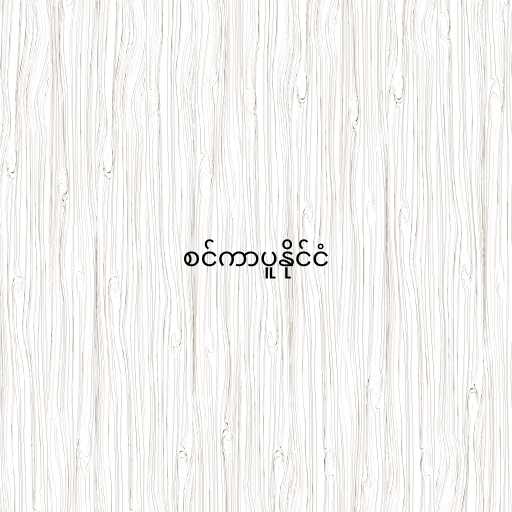
စင်ကာပူနိုင်ငံ